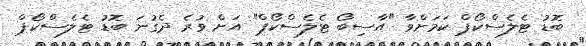
ބޮޑު ޓެލެސްކޯޕް ކަމަށްވާ "އާސިބޯ ޓެލެސްކޯޕް" އަށް ވުރެ ދެގުނަ ބޮޑު ޓެލެސްކޯޕް